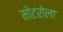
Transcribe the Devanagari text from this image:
मोटरोला